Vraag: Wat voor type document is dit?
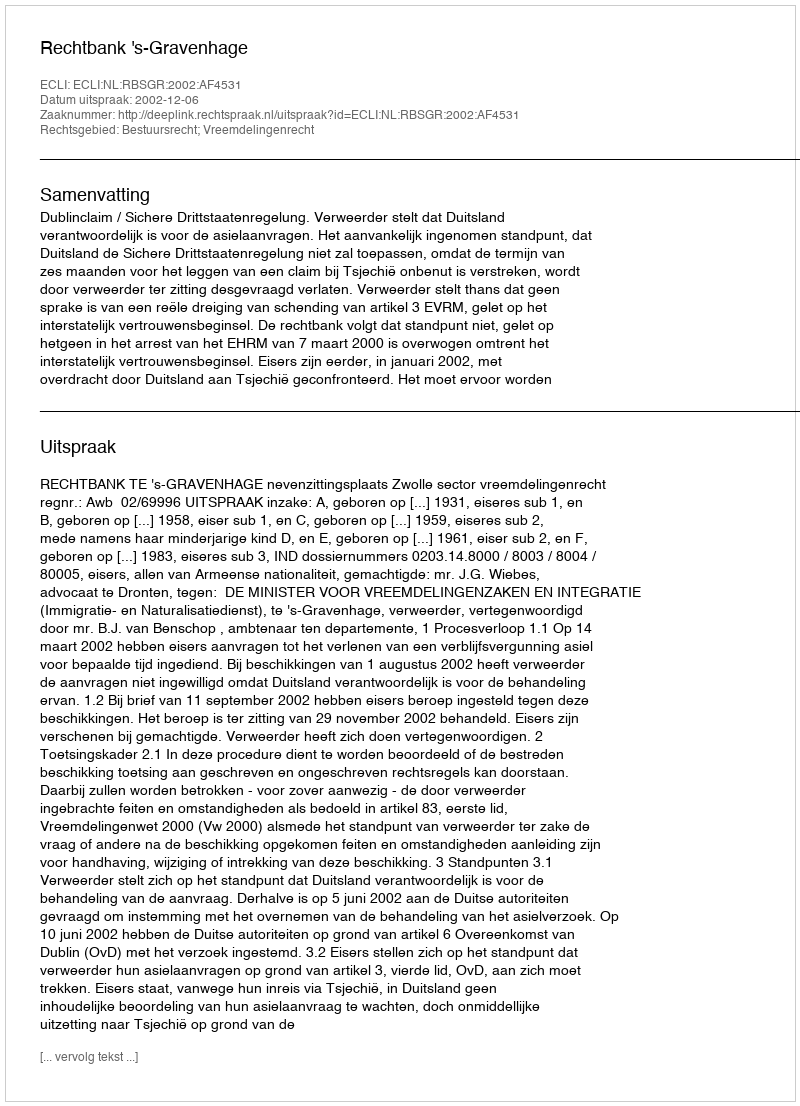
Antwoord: Uitspraak